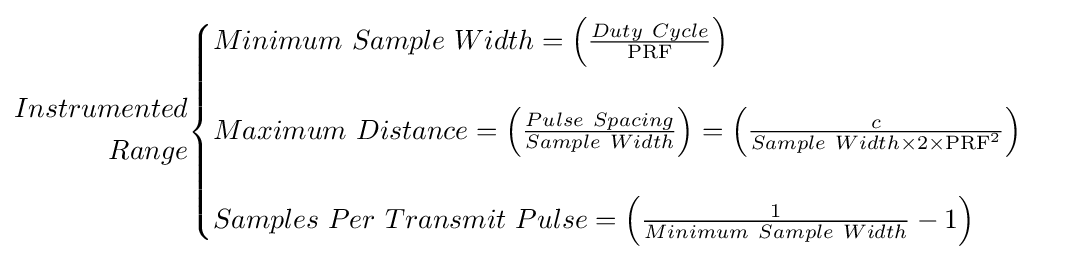
{\begin{aligned}Instrumented\\Range\end{aligned}}{\begin{cases}Minimum\ Sample\ Width=\left({\frac {Duty\ Cycle}{\mathrm {PRF} }}\right)\\\\Maximum\ Distance=\left({\frac {Pulse\ Spacing}{Sample\ Width}}\right)=\left({\frac {c}{Sample\ Width\times 2\times \mathrm {PRF} ^{2}}}\right)\\\\Samples\ Per\ Transmit\ Pulse=\left({\frac {1}{Minimum\ Sample\ Width}}-1\right)\end{cases}}